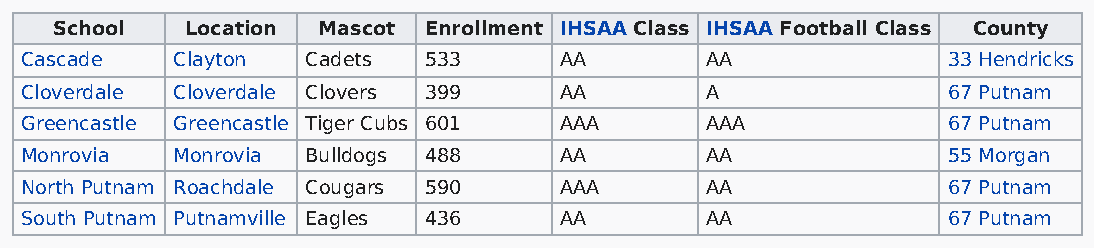
School   Location Mascot Enrollment IHSAA Class IHSAA Football Class County
 Cascade   Clayton  Cadets  533      AA        AA              33 Hendricks
 Cloverdale Cloverdale Clovers 399   AA        A               67 Putnam
 Greencastle Greencastle Tiger Cubs 601 AAA    AAA             67 Putnam
 Monrovia  Monrovia Bulldogs 488     AA        AA              55 Morgan
 North Putnam Roachdale Cougars 590  AAA       AA              67 Putnam
 South Putnam Putnamville Eagles 436 AA        AA              67 Putnam